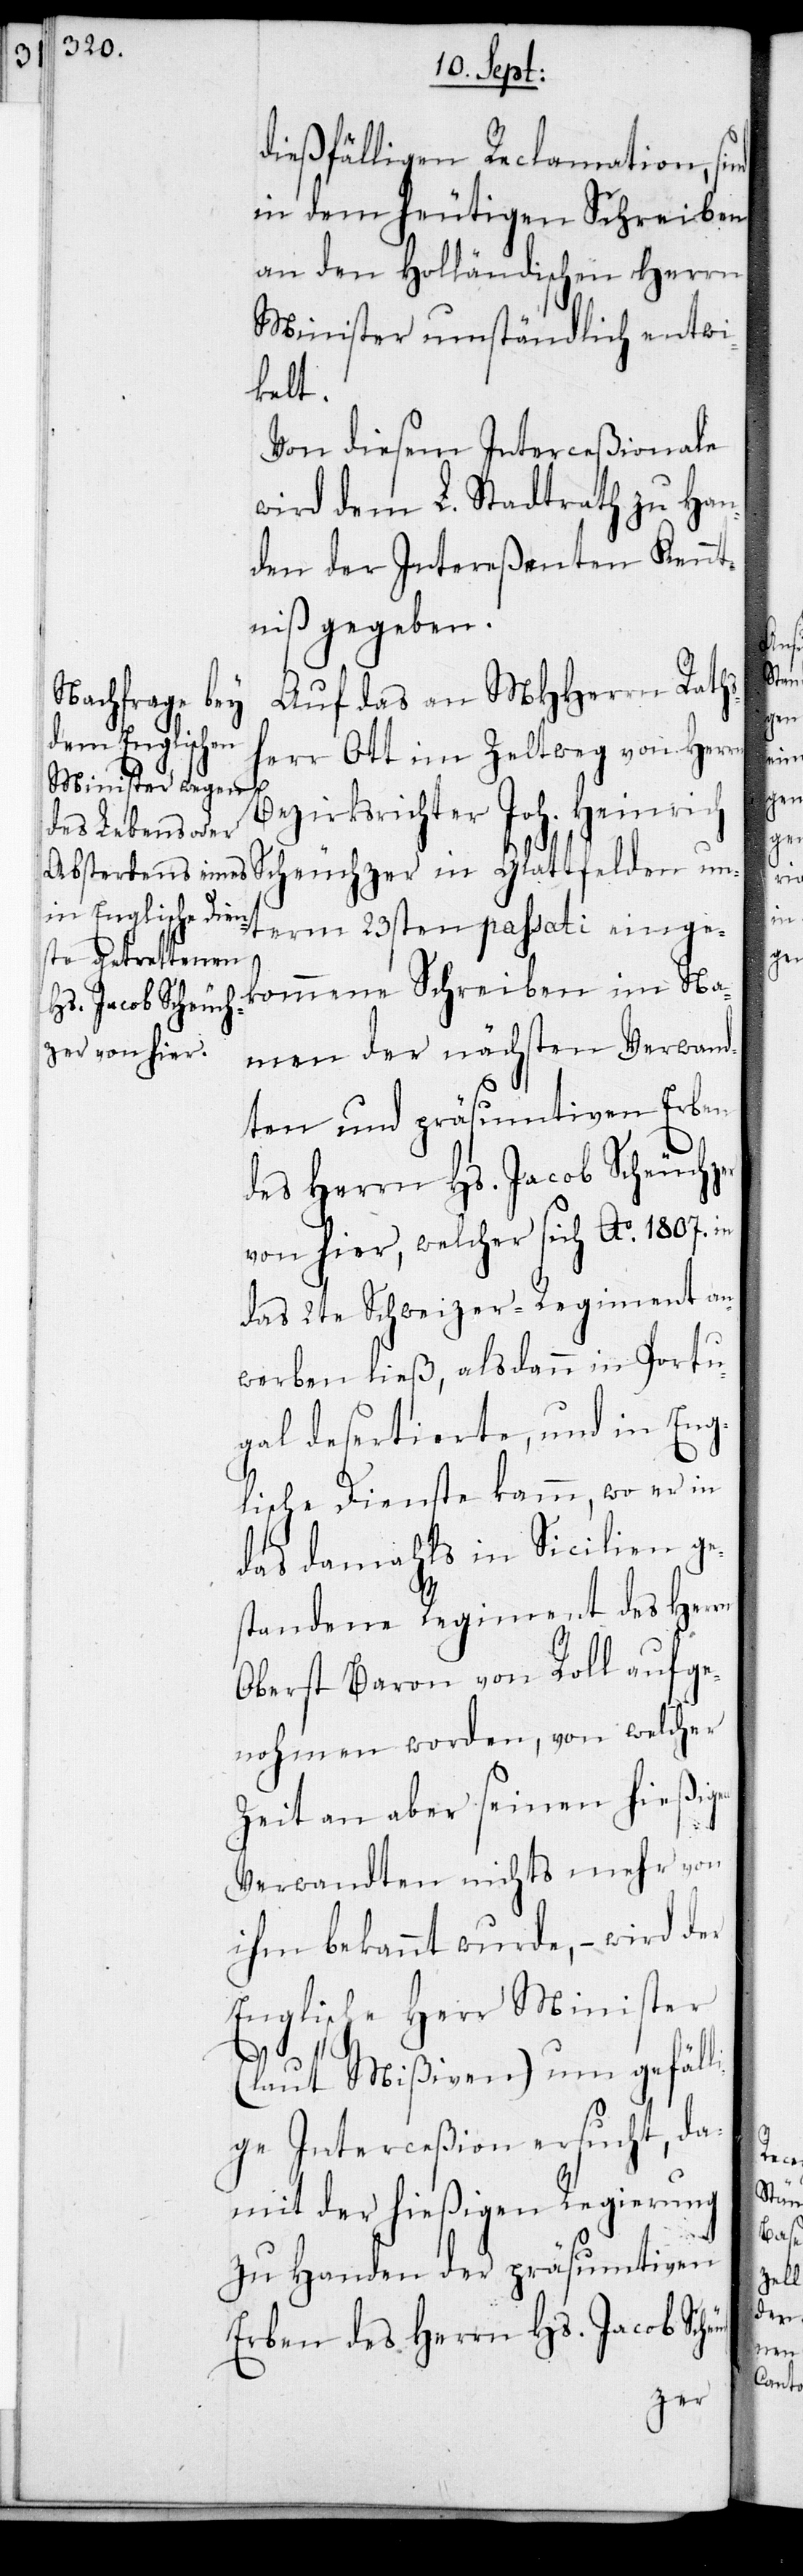
dießfälligen Reclamation, sind
in dem heutigen Schreiben
an den Holländischen Herrn
Minister umständlich entwi¬
kelt.
Von diesem Interceßionale
wird dem L. Stadtrath zu Han¬
den der Intereßenten Kennt¬
niß gegeben.
Auf das an MHHerrn Raths¬
herr Ott im Zeltweg von Herrn
Bezirksrichter Joh. Heinrich
Scheuchzer in Glattfelden un¬
term 23sten passati einge¬
kommene Schreiben im Na¬
men der nächsten Verwand¬
ten und präsumtiven Erben
des Herrn Hs. Jacob Scheuchzer
von hier, welcher sich Ao 1807. in
das 2te Schweizer-Regiment an¬
werben ließ, alsdann in Portu¬
gal desertierte, und in Eng¬
lische Dienste kam, wo er in
das damahls in Sicilien ge¬
standene Regiment des Herrn
Oberst Baron von Roll aufge¬
nohmen worden, von welcher
Zeit an aber seinen hießigen
Verwandten nichts mehr von
ihm bekannt wurde, – wird der
Englische Herr Minister
(laut Mißiven) um gefäll¬
ige Interceßion ersucht, da¬
mit der hießigen Regierung
zu Handen der präsumtiven
Erben des Herrn Hs. Jacob Sch¬

euch-